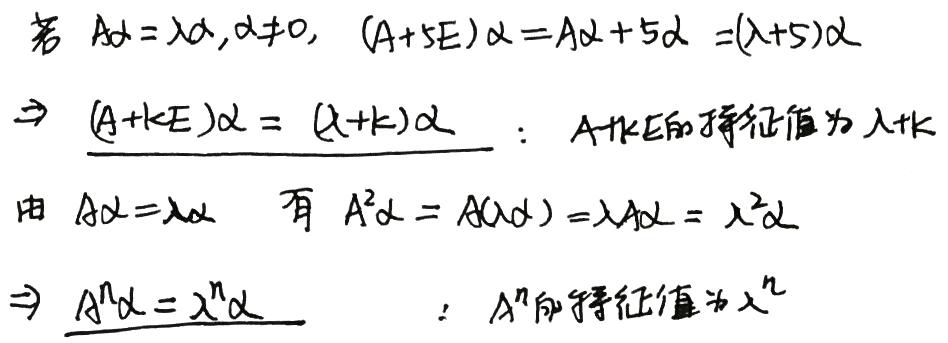
若 \( A\alpha = \lambda\alpha, \alpha\neq 0 \)，\( (A + 5E)\alpha = A\alpha + 5\alpha = (\lambda + 5)\alpha \)
\( \Rightarrow (A + kE)\alpha = (\lambda + k)\alpha \) ：\( A + kE \)的特征值为\( \lambda + k \)
由 \( A\alpha = \lambda\alpha \) 有 \( A^{2}\alpha = A(\lambda\alpha) = \lambda A\alpha = \lambda^{2}\alpha \)
\( \Rightarrow A^{n}\alpha = \lambda^{n}\alpha \) ：\( A^{n} \)的特征值为\( \lambda^{n} \)